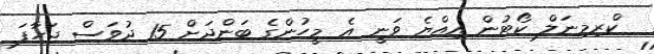
ކްރިމިނަލް ކޯޓުން އިއްޔެ ވަނީ އެ މީހުންގެ ބަންދަަށް 15 ދުވަސް ޖަހާފަ